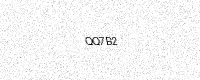
Text: QQ7B2